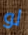
لو